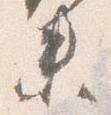
末